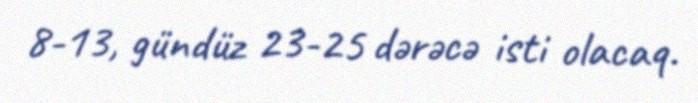
8-13, gündüz 23-25 dərəcə isti olacaq.